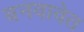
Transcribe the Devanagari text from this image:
बनवावेत